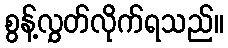
စွန့်လွှတ်လိုက်ရသည်။